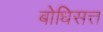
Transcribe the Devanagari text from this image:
बोधिसत्त